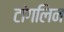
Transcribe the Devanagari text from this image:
टांगलिन